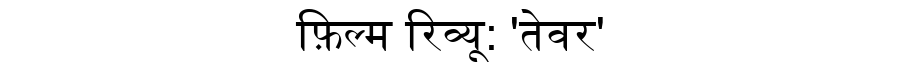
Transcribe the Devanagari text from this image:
फ़िल्म रिव्यू: 'तेवर'